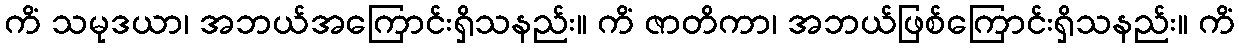
ကိံ သမုဒယာ၊ အဘယ်အကြောင်းရှိသနည်း။ ကိံ ဇာတိကာ၊ အဘယ်ဖြစ်ကြောင်းရှိသနည်း။ ကိံ